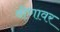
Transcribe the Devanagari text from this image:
वीणावर